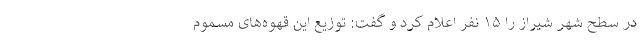
در سطح شهر شیراز را ۱۵ نفر اعلام کرد و گفت: توزیع این قهوه‌های مسموم